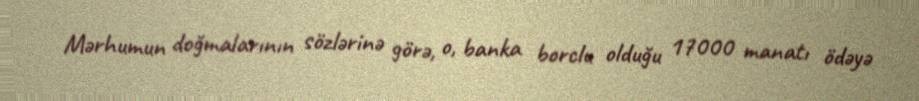
Mərhumun doğmalarının sözlərinə görə, o, banka borclu olduğu 17000 manatı ödəyə